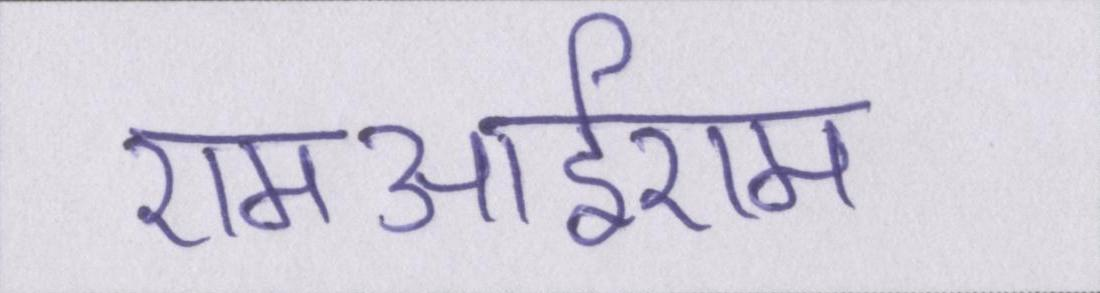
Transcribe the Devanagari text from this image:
एमआईएम